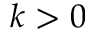
k > 0